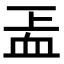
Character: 𧖬